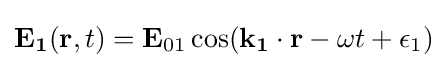
\mathbf {E_{1}} (\mathbf {r} ,t)=\mathbf {E} _{01}\cos(\mathbf {k_{1}\cdot r} -\omega t+\epsilon _{1})